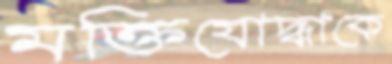
মক্তিযোদ্ধাকে